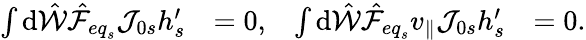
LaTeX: \begin{array}{rlrl}{\int\mathrm{d}\hat{\mathcal{W}}\hat{\mathcal{F}}_{{eq}_{s}}\mathcal{J}_{0s}h_{s}^{\prime}}&{=0,}&{\int\mathrm{d}\hat{\mathcal{W}}\hat{\mathcal{F}}_{{eq}_{s}}v_{\parallel}\mathcal{J}_{0s}h_{s}^{\prime}}&{=0.}\end{array}